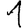
Digit: 1